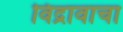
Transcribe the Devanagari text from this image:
विद्रावाचा